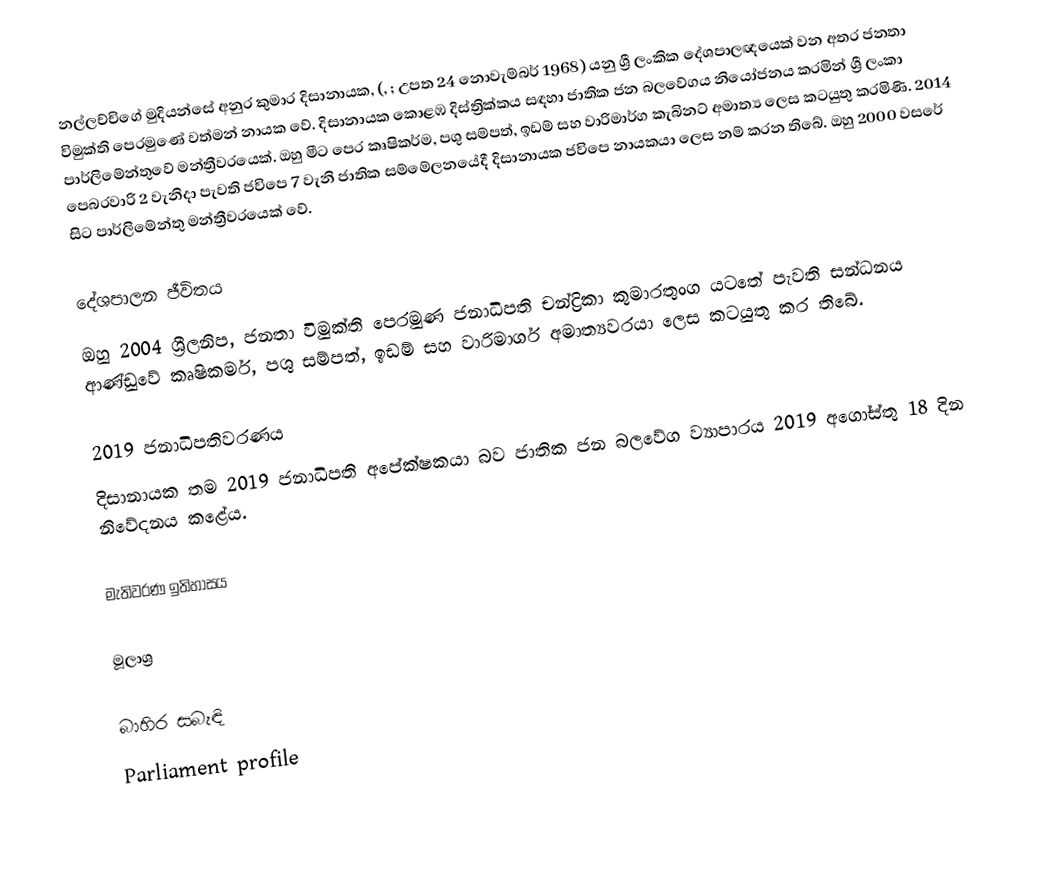
නල්ලච්චිගේ මුදියන්සේ අනුර කුමාර දිසානායක, (, ; උපත 24 නොවැම්බර් 1968) යනු ශ්‍රී ලංකික දේශපාලඥයෙක් වන අතර ජනතා විමුක්ති පෙරමුණේ වත්මන් නායක වේ. දිසානායක කොළඹ දිස්ත්‍රික්කය සඳහා ජාතික ජන බලවේගය නියෝජනය කරමින් ශ්‍රී ලංකා පාර්ලිමේන්තුවේ මන්ත්‍රීවරයෙක්. ඔහු මීට පෙර කෘෂිකර්ම, පශු සම්පත්, ඉඩම් සහ වාරිමාර්ග කැබිනට් අමාත්‍ය ලෙස කටයුතු කරමිණි. 2014 පෙබරවාරි 2 වැනිදා පැවති ජවිපෙ 7 වැනි ජාතික සම්මේලනයේදී දිසානායක ජවිපෙ නායකයා ලෙස නම් කරන තිබේ. ඔහු 2000 වසරේ සිට පාර්ලිමේන්තු මන්ත්‍රීවරයෙක් වේ.

දේශපාලන ජීවිතය
ඔහු 2004 ශ්‍රීලනිප, ජනතා විමුක්ති පෙරමුණ ජනාධිපති චන්ද්‍රිකා කුමාරතුංග යටතේ පැවති සන්ධනය ආණ්ඩුවේ කෘෂිකර්ම, පශු සම්පත්, ඉඩම් සහ වාරිමාර්ග අමාත්‍යවරයා ලෙස කටයුතු කර තිබේ.

2019 ජනාධිපතිවරණය
දිසානායක තම 2019 ජනාධිපති අපේක්ෂකයා බව ජාතික ජන බලවේග ව්‍යාපාරය 2019 අගෝස්තු 18 දින නිවේදනය කළේය.

මැතිවරණ ඉතිහාසය

මූලාශ්‍ර

බාහිර සබැඳි
Parliament profile